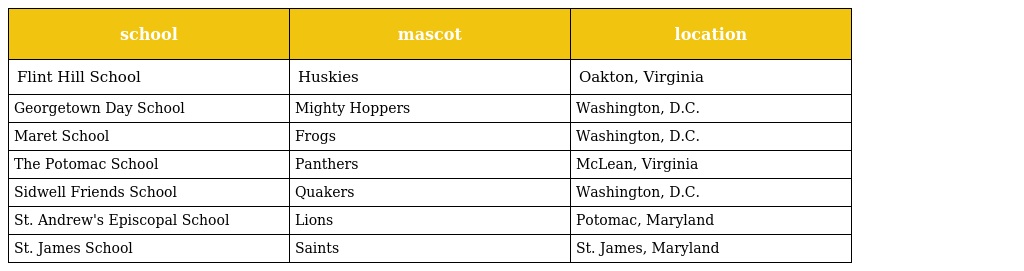
| school | mascot | location |
 | --- | --- | --- |
 | Flint Hill School | Huskies | Oakton, Virginia |
 | Georgetown Day School | Mighty Hoppers | Washington, D.C. |
 | Maret School | Frogs | Washington, D.C. |
 | The Potomac School | Panthers | McLean, Virginia |
 | Sidwell Friends School | Quakers | Washington, D.C. |
 | St. Andrew's Episcopal School | Lions | Potomac, Maryland |
 | St. James School | Saints | St. James, Maryland |